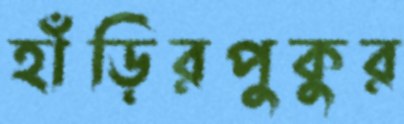
হাঁড়িরপুকুর